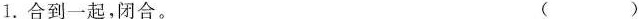
1.合到一起，闭合。 ( )